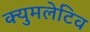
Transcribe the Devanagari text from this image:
क्युमलेटिव